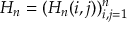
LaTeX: \textstyle H _ { n } = ( H _ { n } ( i , j ) ) _ { i , j = 1 } ^ { n }